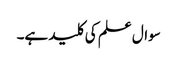
سوال علم کی کلید ہے۔